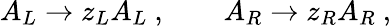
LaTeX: A_{L}\rightarrow z_{L}A_{L}\ ,\qquad A_{R}\rightarrow z_{R}A_{R}\ ,